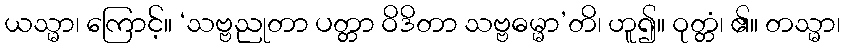
ယသ္မာ၊ ကြောင့်။ ‘သဗ္ဗညုတာ ပတ္တာ ဝိဒိတာ သဗ္ဗဓမ္မာ’တိ၊ ဟူ၍။ ဝုတ္တံ၊ ၏။ တသ္မာ၊